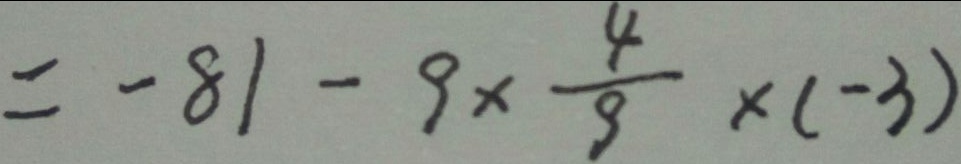
= - 8 1 - 9 \times \frac { 4 } { 9 } \times ( - 3 )